Vaccination in Bombay 1924-1928 - 1924-1928
Year: 1924
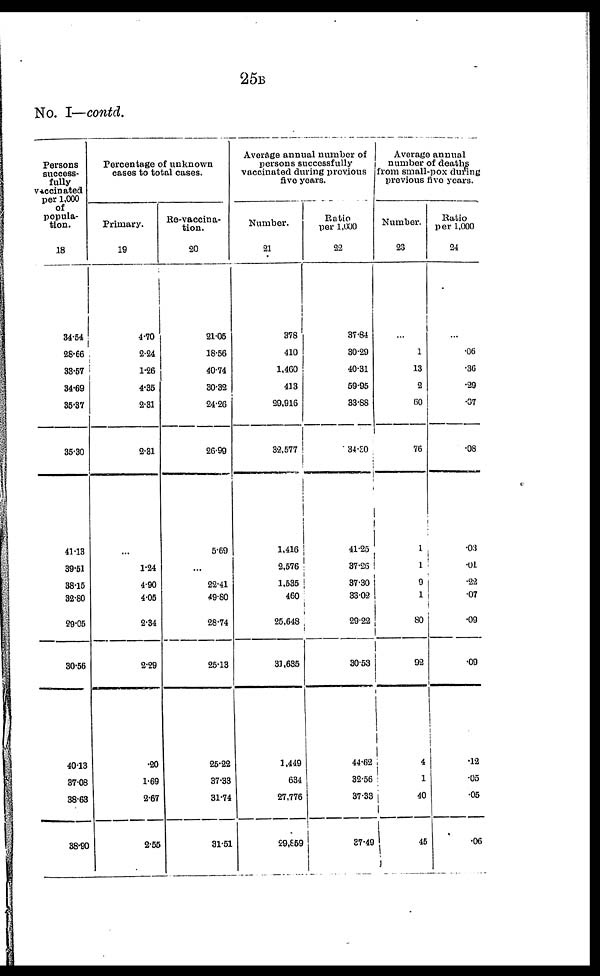
25B
No. I—contd.
Persons
success-
fully
vaccinated
per 1,000
of
popula-
tion.
18
34.54
28.66
38.67
34.69
35.37
35.30
41.13
39.61
38.15
32.80
29.05
30.56
40.13
37.08
38.63
38.90
Percentage of unknown
cases to total cases.
Primary.
19
4.70
2.24
1.26
4.36
2.31
2.31
...
1.24
4.90
4.05
2.34
2.29
.20
1.69
2.67
2.55
Re-vaccina-
tion.
20
21.05
18.56
40.74
30.32
24.26
26.99
5.69
...
22.41
49.80
28.74
26.13
25.22
37.33
31.74
31.51
Average annual number of
persons successfully
vaccinated during previous
five years.
Number.
21
378
410
1,460
413
29,916
32,577
1,416
2,576
1,535
460
25,648
31,635
1,449
634
27,776
29,859
Ratio
per 1,000
22
37.84
30.29
40.31
59.95
33.88
34.30
41.25
37.26
37.30
33.02
29.22
30.53
44.62
32.56
37.33
37.49
Average annual
number of deaths
from small-pox during
previous five years.
Number.
23
...
1
13
2
60
76
1
1
9
1
80
92
4
1
40
45
Ratio
per 1,000
24
...
.06
.36
.29
.07
.08
.03
.01
.22
.07
.09
.09
.12
.05
.05
.06